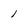
Character: 1